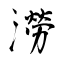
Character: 澇